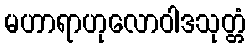
မဟာရာဟုလောဝါဒသုတ္တံ